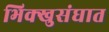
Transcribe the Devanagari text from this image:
भिक्खुसंघात